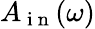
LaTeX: A_{\mathrm{~i~n~}}(\omega)